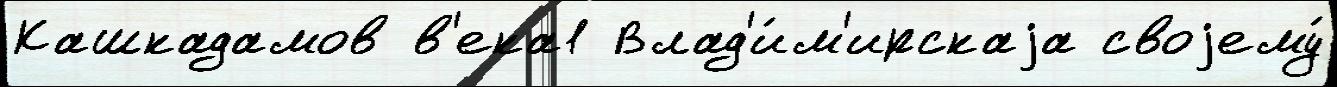
Кашкадамов в'ека1 Влад'и́м'ирскаjа своjему́